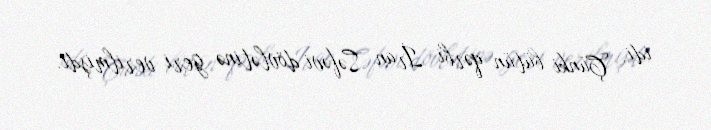
idi. Çünki bütün qərbi İran Səfəvi dövlətinə geri verilmişdi.